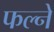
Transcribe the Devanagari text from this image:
फल्ने